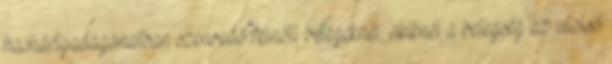
hashártyadaganatban szenvedő felnőtt betegeknél, akiknél a betegség az utolsó